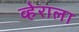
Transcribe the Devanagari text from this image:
व्हेराला